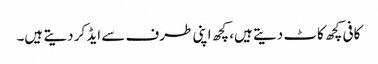
کافی کچھ کاٹ دیتے ہیں، کچھ اپنی طرف سے ایڈ کر دیتے ہیں۔